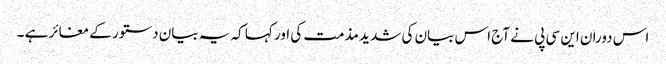
اس دوران این سی پی نے آج اس بیان کی شدید مذمت کی اور کہا کہ یہ بیان دستور کے مغائر ہے ۔